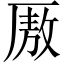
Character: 厫